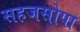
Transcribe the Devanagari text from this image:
सहजसोपा